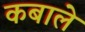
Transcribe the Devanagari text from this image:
कबाले